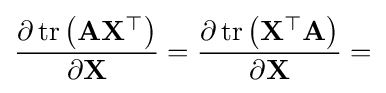
{\frac {\partial \operatorname {tr} \left(\mathbf {AX^{\top }} \right)}{\partial \mathbf {X} }}={\frac {\partial \operatorname {tr} \left(\mathbf {X^{\top }A} \right)}{\partial \mathbf {X} }}=